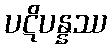
ပဋိပန္နဿ